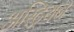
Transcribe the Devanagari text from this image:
अस्ट्रियन